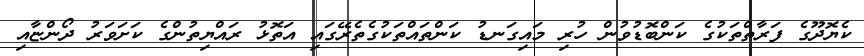
ކެޔޮދޫގެ ފަރާތްތަކުގެ ކަންބޮޑުވުން ހުރި މައިގަނޑު ކަންތައްތަކުގެތެރޭގައި އަތޮޅު ރައްޔިތުންގެ ކަށަވަރު ދޯންޏާއި